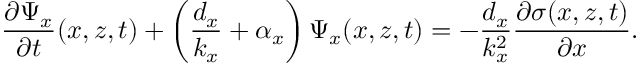
\frac { \partial \Psi _ { x } } { \partial t } ( x , z , t ) + \left( \frac { d _ { x } } { k _ { x } } + \alpha _ { x } \right) \Psi _ { x } ( x , z , t ) = - \frac { d _ { x } } { k _ { x } ^ { 2 } } \frac { \partial \sigma ( x , z , t ) } { \partial x } .